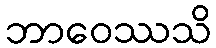
ဘာဝေဿသိ